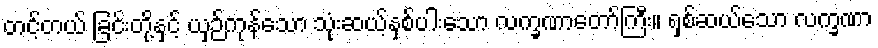
တင့်တယ် ခြင်းတို့နှင့် ယှဉ်ကုန်သော သုံးဆယ့်နှစ်ပါးသော လက္ခဏာတော်ကြီး။ ရှစ်ဆယ်သော လက္ခဏာ